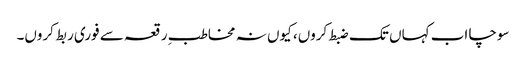
سوچا اب کہاں تک ضبط کروں، کیوں نہ مخاطبِ رقعہ سے فوری ربط کروں۔